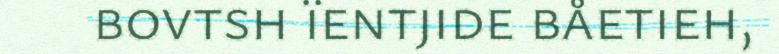
bovtsh ïentjide båetieh,